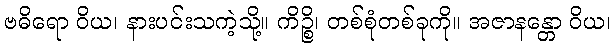
ဗဓိရော ဝိယ၊ နားပင်းသကဲ့သို့။ ကိဉ္စိ၊ တစ်စုံတစ်ခုကို။ အဇာနန္တော ဝိယ၊